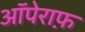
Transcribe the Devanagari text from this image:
ऑपेराफ़